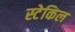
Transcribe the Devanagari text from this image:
स्टेकिल